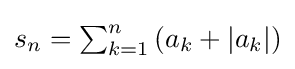
{\textstyle s_{n}=\sum _{k=1}^{n}\left(a_{k}+\left|a_{k}\right|\right)}